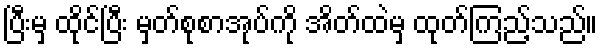
ပြီးမှ ထိုင်ပြီး မှတ်စုစာအုပ်ကို အိတ်ထဲမှ ထုတ်ကြည့်သည်။